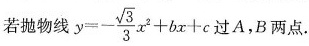
若抛物线$$y = - \frac { \sqrt { 3 } } { 3 } x ^ { 2 } + b x + c$$ 过A，B两点.